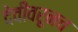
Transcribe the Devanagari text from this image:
देवीवरूनच